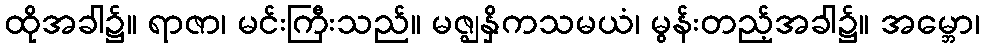
ထိုအခါ၌။ ရာဇာ၊ မင်းကြီးသည်။ မဇ္ဈနှိကသမယံ၊ မွန်းတည့်အခါ၌။ အမ္ဘော၊